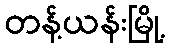
တန့်ယန်းမြို့